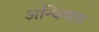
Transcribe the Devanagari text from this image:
अन्थियास